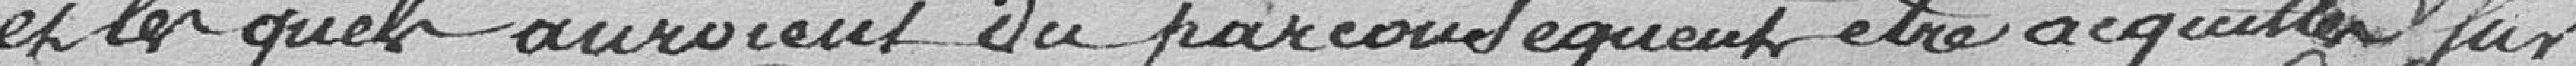
et le guet auraient du par conséquent être acquitter par